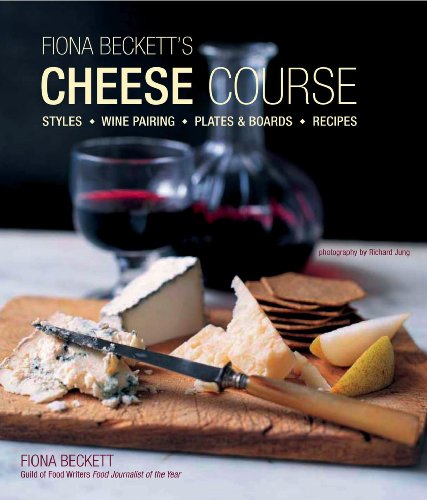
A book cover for Fiona Becketts Cheese Course: Styles, Wine Pairing, Plates & Boards, Recipes; Fiona Beckett; Cookbooks, Food & Wine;